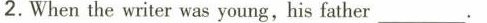
2.When the writer was young,his father__